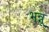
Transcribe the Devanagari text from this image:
भन्नू